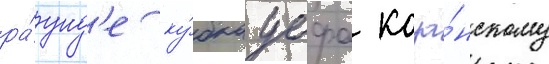
ра́унд'е ку́бка уефа каза́нскому